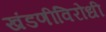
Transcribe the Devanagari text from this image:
खंडणीविरोधी